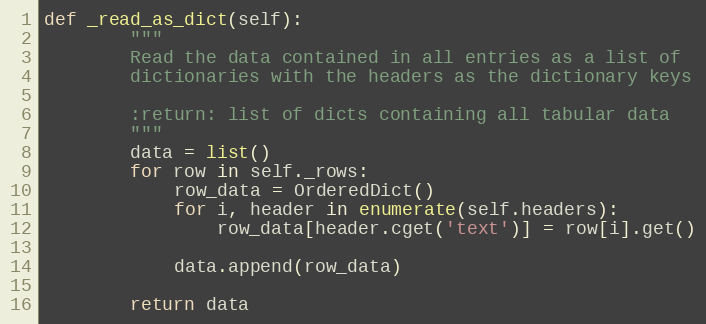
Language: Python
def _read_as_dict(self):
        """
        Read the data contained in all entries as a list of
        dictionaries with the headers as the dictionary keys

        :return: list of dicts containing all tabular data
        """
        data = list()
        for row in self._rows:
            row_data = OrderedDict()
            for i, header in enumerate(self.headers):
                row_data[header.cget('text')] = row[i].get()

            data.append(row_data)

        return data